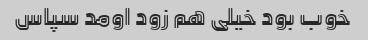
خوب بود خیلی هم زود اومد سپاس